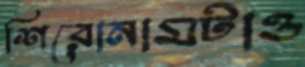
শিরোনামটাও